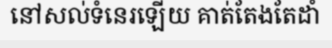
នៅសល់ទំនេរឡើយ គាត់តែងតែដាំ